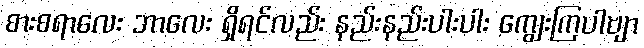
စားစရာလေး ဘာလေး ရှိရင်လည်း နည်းနည်းပါးပါး ကျွေးကြပါဗျာ